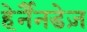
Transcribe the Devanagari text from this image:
हेर्नैनडेज़